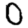
Digit: 0